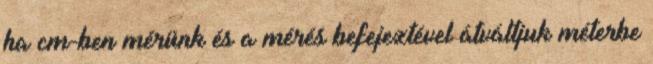
ha cm-ben mérünk és a mérés befejeztével átváltjuk méterbe